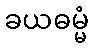
ခယဓမ္မံ